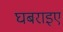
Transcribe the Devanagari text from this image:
घबराइए